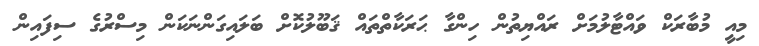
މިއީ މުބާރަކް ވައްޓާލުމަށް ރައްޔިތުން ހިންގާ ޙަރަކާތްތައް ޤަބޫލުކޮށް ބަލައިގަންނަކަން މިސްރުގެ ސިފައިން